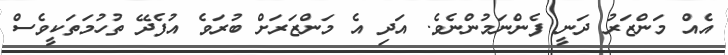
އެއް މަންޒަރު ދަނީ ފެންނަމުންނެވެ. އަދި އެ މަންޒަރަށް ބުރަވެ އުފެދޭ ތުހުމަތަކީވެސް